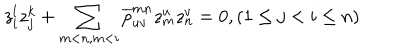
LaTeX: z _ { i } ^ { l } z _ { j } ^ { k } + \sum _ { m < n , m < i } \overline { { { p } } } _ { u v } ^ { m n } z _ { m } ^ { u } z _ { n } ^ { v } = 0 , ( 1 \leq j < i \leq n )